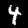
Digit: 4